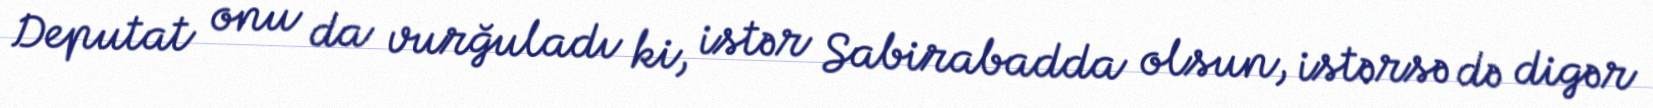
Deputat onu da vurğuladı ki, istər Sabirabadda olsun, istərsə də digər